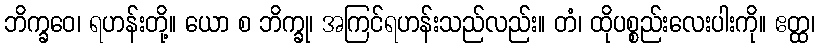
ဘိက္ခဝေ၊ ရဟန်းတို့။ ယော စ ဘိက္ခု၊ အကြင်ရဟန်းသည်လည်း။ တံ၊ ထိုပစ္စည်းလေးပါးကို။ ဧတ္ထ၊